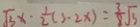
\sqrt { 3 } x \cdot \frac { 1 } { 2 } ( 3 - 2 x ) = \frac { 3 } { 8 } \sqrt { 3 }